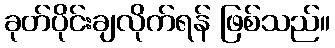
ခုတ်ပိုင်းချလိုက်ရန် ဖြစ်သည်။